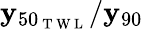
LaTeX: \mathbf{y}_{50_{\mathrm{{~T~W~L~}}}}/\mathbf{y}_{90}